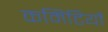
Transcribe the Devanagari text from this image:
कमिटियों